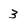
Character: 3